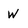
Character: w